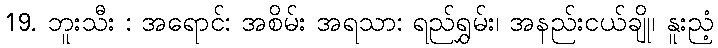
19. ဘူးသီး : အရောင်: အစိမ်း အရသာ: ရည်ရွှမ်း၊ အနည်းငယ်ချို၊ နူးညံ့